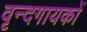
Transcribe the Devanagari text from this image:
वृन्दगायकों